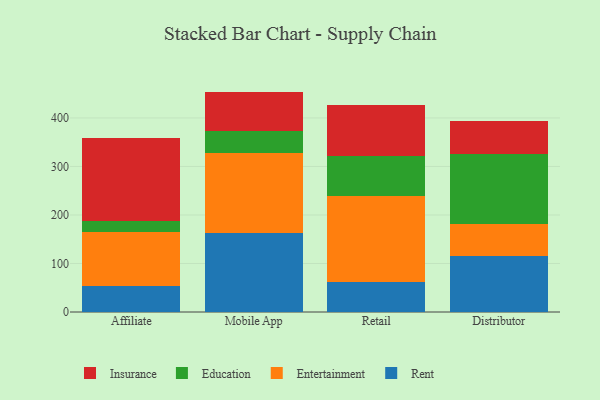
{"axis": {"x": "Channel", "y": "Page Views"}, "legend": ["Education", "Entertainment", "Insurance", "Rent"], "data": [{"x": "Affiliate", "y": 53.2, "type": "Rent"}, {"x": "Affiliate", "y": 111.9, "type": "Entertainment"}, {"x": "Affiliate", "y": 22.0, "type": "Education"}, {"x": "Affiliate", "y": 172.0, "type": "Insurance"}, {"x": "Mobile App", "y": 163.0, "type": "Rent"}, {"x": "Mobile App", "y": 163.9, "type": "Entertainment"}, {"x": "Mobile App", "y": 46.3, "type": "Education"}, {"x": "Mobile App", "y": 81.1, "type": "Insurance"}, {"x": "Retail", "y": 61.9, "type": "Rent"}, {"x": "Retail", "y": 176.2, "type": "Entertainment"}, {"x": "Retail", "y": 82.7, "type": "Education"}, {"x": "Retail", "y": 105.3, "type": "Insurance"}, {"x": "Distributor", "y": 115.7, "type": "Rent"}, {"x": "Distributor", "y": 66.1, "type": "Entertainment"}, {"x": "Distributor", "y": 143.9, "type": "Education"}, {"x": "Distributor", "y": 68.6, "type": "Insurance"}]}